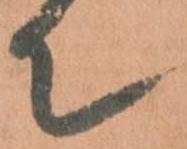
て